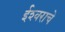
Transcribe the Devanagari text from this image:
ईश्‍वराचे